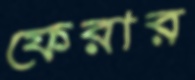
ফেরার